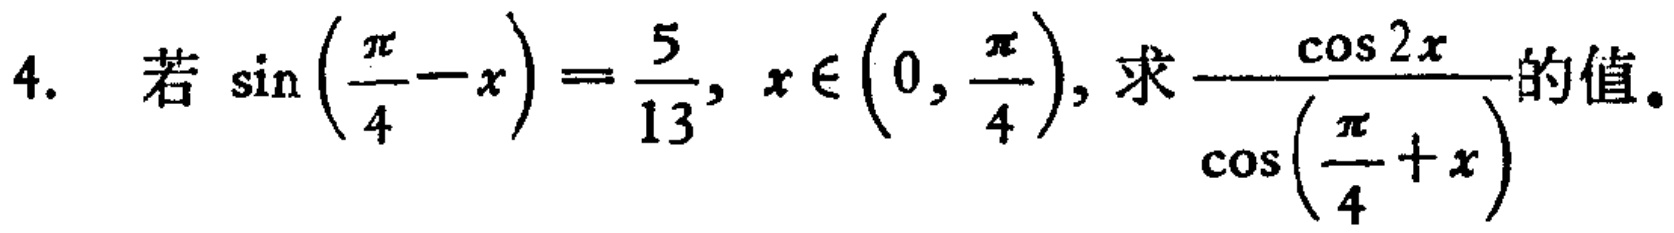
4. 若\(\sin\left(\frac{\pi}{4}-x\right)=\frac{5}{13},x\in\left(0,\frac{\pi}{4}\right)\)，求\(\frac{\cos 2x}{\cos\left(\frac{\pi}{4}+x\right)}\)的值。